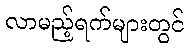
လာမည့်ရက်များတွင်